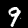
Digit: 9